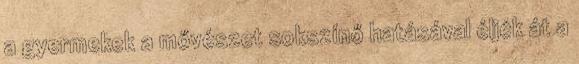
a gyermekek a mővészet sokszínő hatásával éljék át a